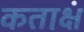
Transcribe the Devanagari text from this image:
कताक्षं